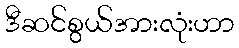
ဒီဆင်စွယ်အားလုံးဟာ